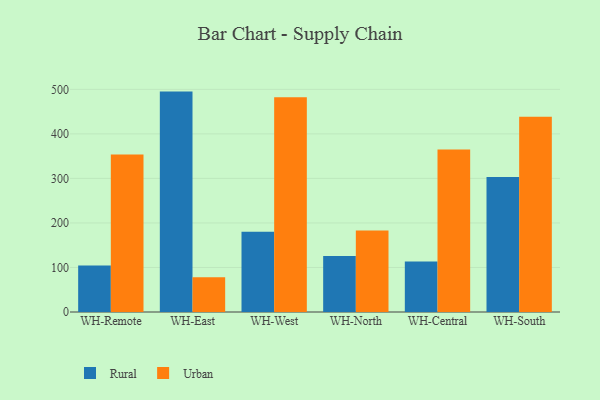
{"axis": {"x": "Warehouse", "y": "Temperature (°C)"}, "legend": ["Rural", "Urban"], "data": [{"x": "WH-Remote", "y": 104.2, "type": "Rural"}, {"x": "WH-Remote", "y": 353.6, "type": "Urban"}, {"x": "WH-East", "y": 495.0, "type": "Rural"}, {"x": "WH-East", "y": 78.2, "type": "Urban"}, {"x": "WH-West", "y": 180.5, "type": "Rural"}, {"x": "WH-West", "y": 482.1, "type": "Urban"}, {"x": "WH-North", "y": 125.8, "type": "Rural"}, {"x": "WH-North", "y": 183.1, "type": "Urban"}, {"x": "WH-Central", "y": 113.3, "type": "Rural"}, {"x": "WH-Central", "y": 365.2, "type": "Urban"}, {"x": "WH-South", "y": 303.0, "type": "Rural"}, {"x": "WH-South", "y": 438.5, "type": "Urban"}]}